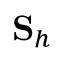
{ \bf S } _ { h }